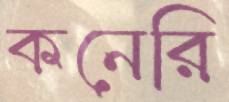
কনেরি